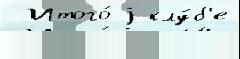
 Итого́ j клу́б'е